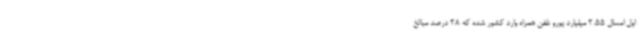
اول امسال 2.55 میلیارد یورو تلفن همراه وارد کشور شده که 28 درصد مبالغ